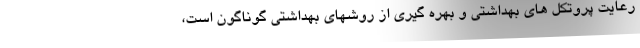
رعایت پروتکل های بهداشتی و بهره گیری از روشهای بهداشتی گوناگون است،